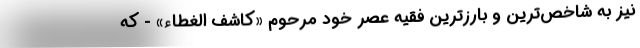
نیز به شاخص‌ترین و بارزترین فقیه عصر خود مرحوم «کاشف الغطاء» - که